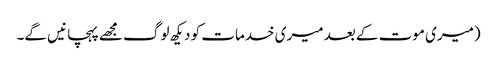
(میری موت کے بعد میری خدمات کو دیکھ لوگ مجھے پہچانیں گے۔